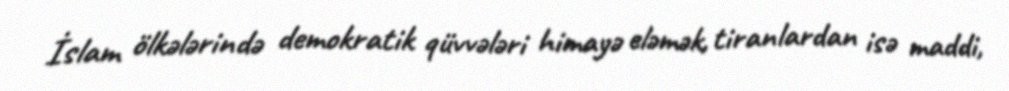
İslam ölkələrində demokratik qüvvələri himayə eləmək, tiranlardan isə maddi,